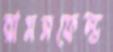
রামসফেল্ড